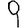
Digit: 9